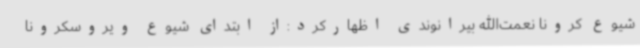
شیوع کرونا نعمت‌الله بیرانوندی اظهارکرد:از ابتدای شیوع ویروسکرونا